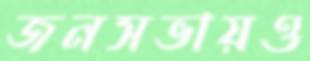
জনসভায়ও